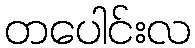
တပေါင်းလ